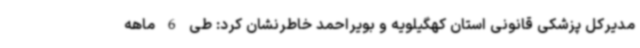
مدیرکل پزشکی قانونی استان کهگیلویه و بویراحمد خاطرنشان کرد: طی 6 ماهه